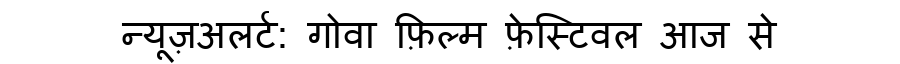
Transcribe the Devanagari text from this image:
न्यूज़अलर्ट: गोवा फ़िल्म फ़ेस्टिवल आज से